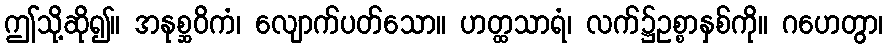
ဤသို့ဆို၍။ အနုစ္ဆဝိကံ၊ လျောက်ပတ်သော။ ဟတ္ထသာရံ၊ လက်၌ဥစ္စာနှစ်ကို။ ဂဟေတွာ၊